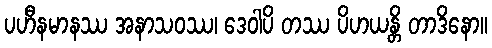
ပဟီနမာနဿ အနာသဝဿ၊ ဒေဝါပိ တဿ ပိဟယန္တိ တာဒိနော။